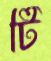
টি